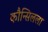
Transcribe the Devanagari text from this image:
कौन्सिलला